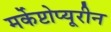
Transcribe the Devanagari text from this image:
मर्केप्टोप्यूरीन